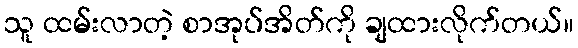
သူ ထမ်းလာတဲ့ စာအုပ်အိတ်ကို ချထားလိုက်တယ်။